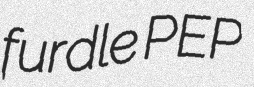
furdle PEP